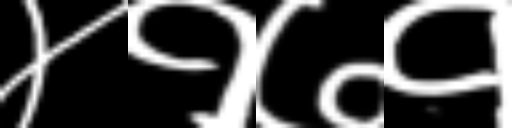
Text: ४१७१